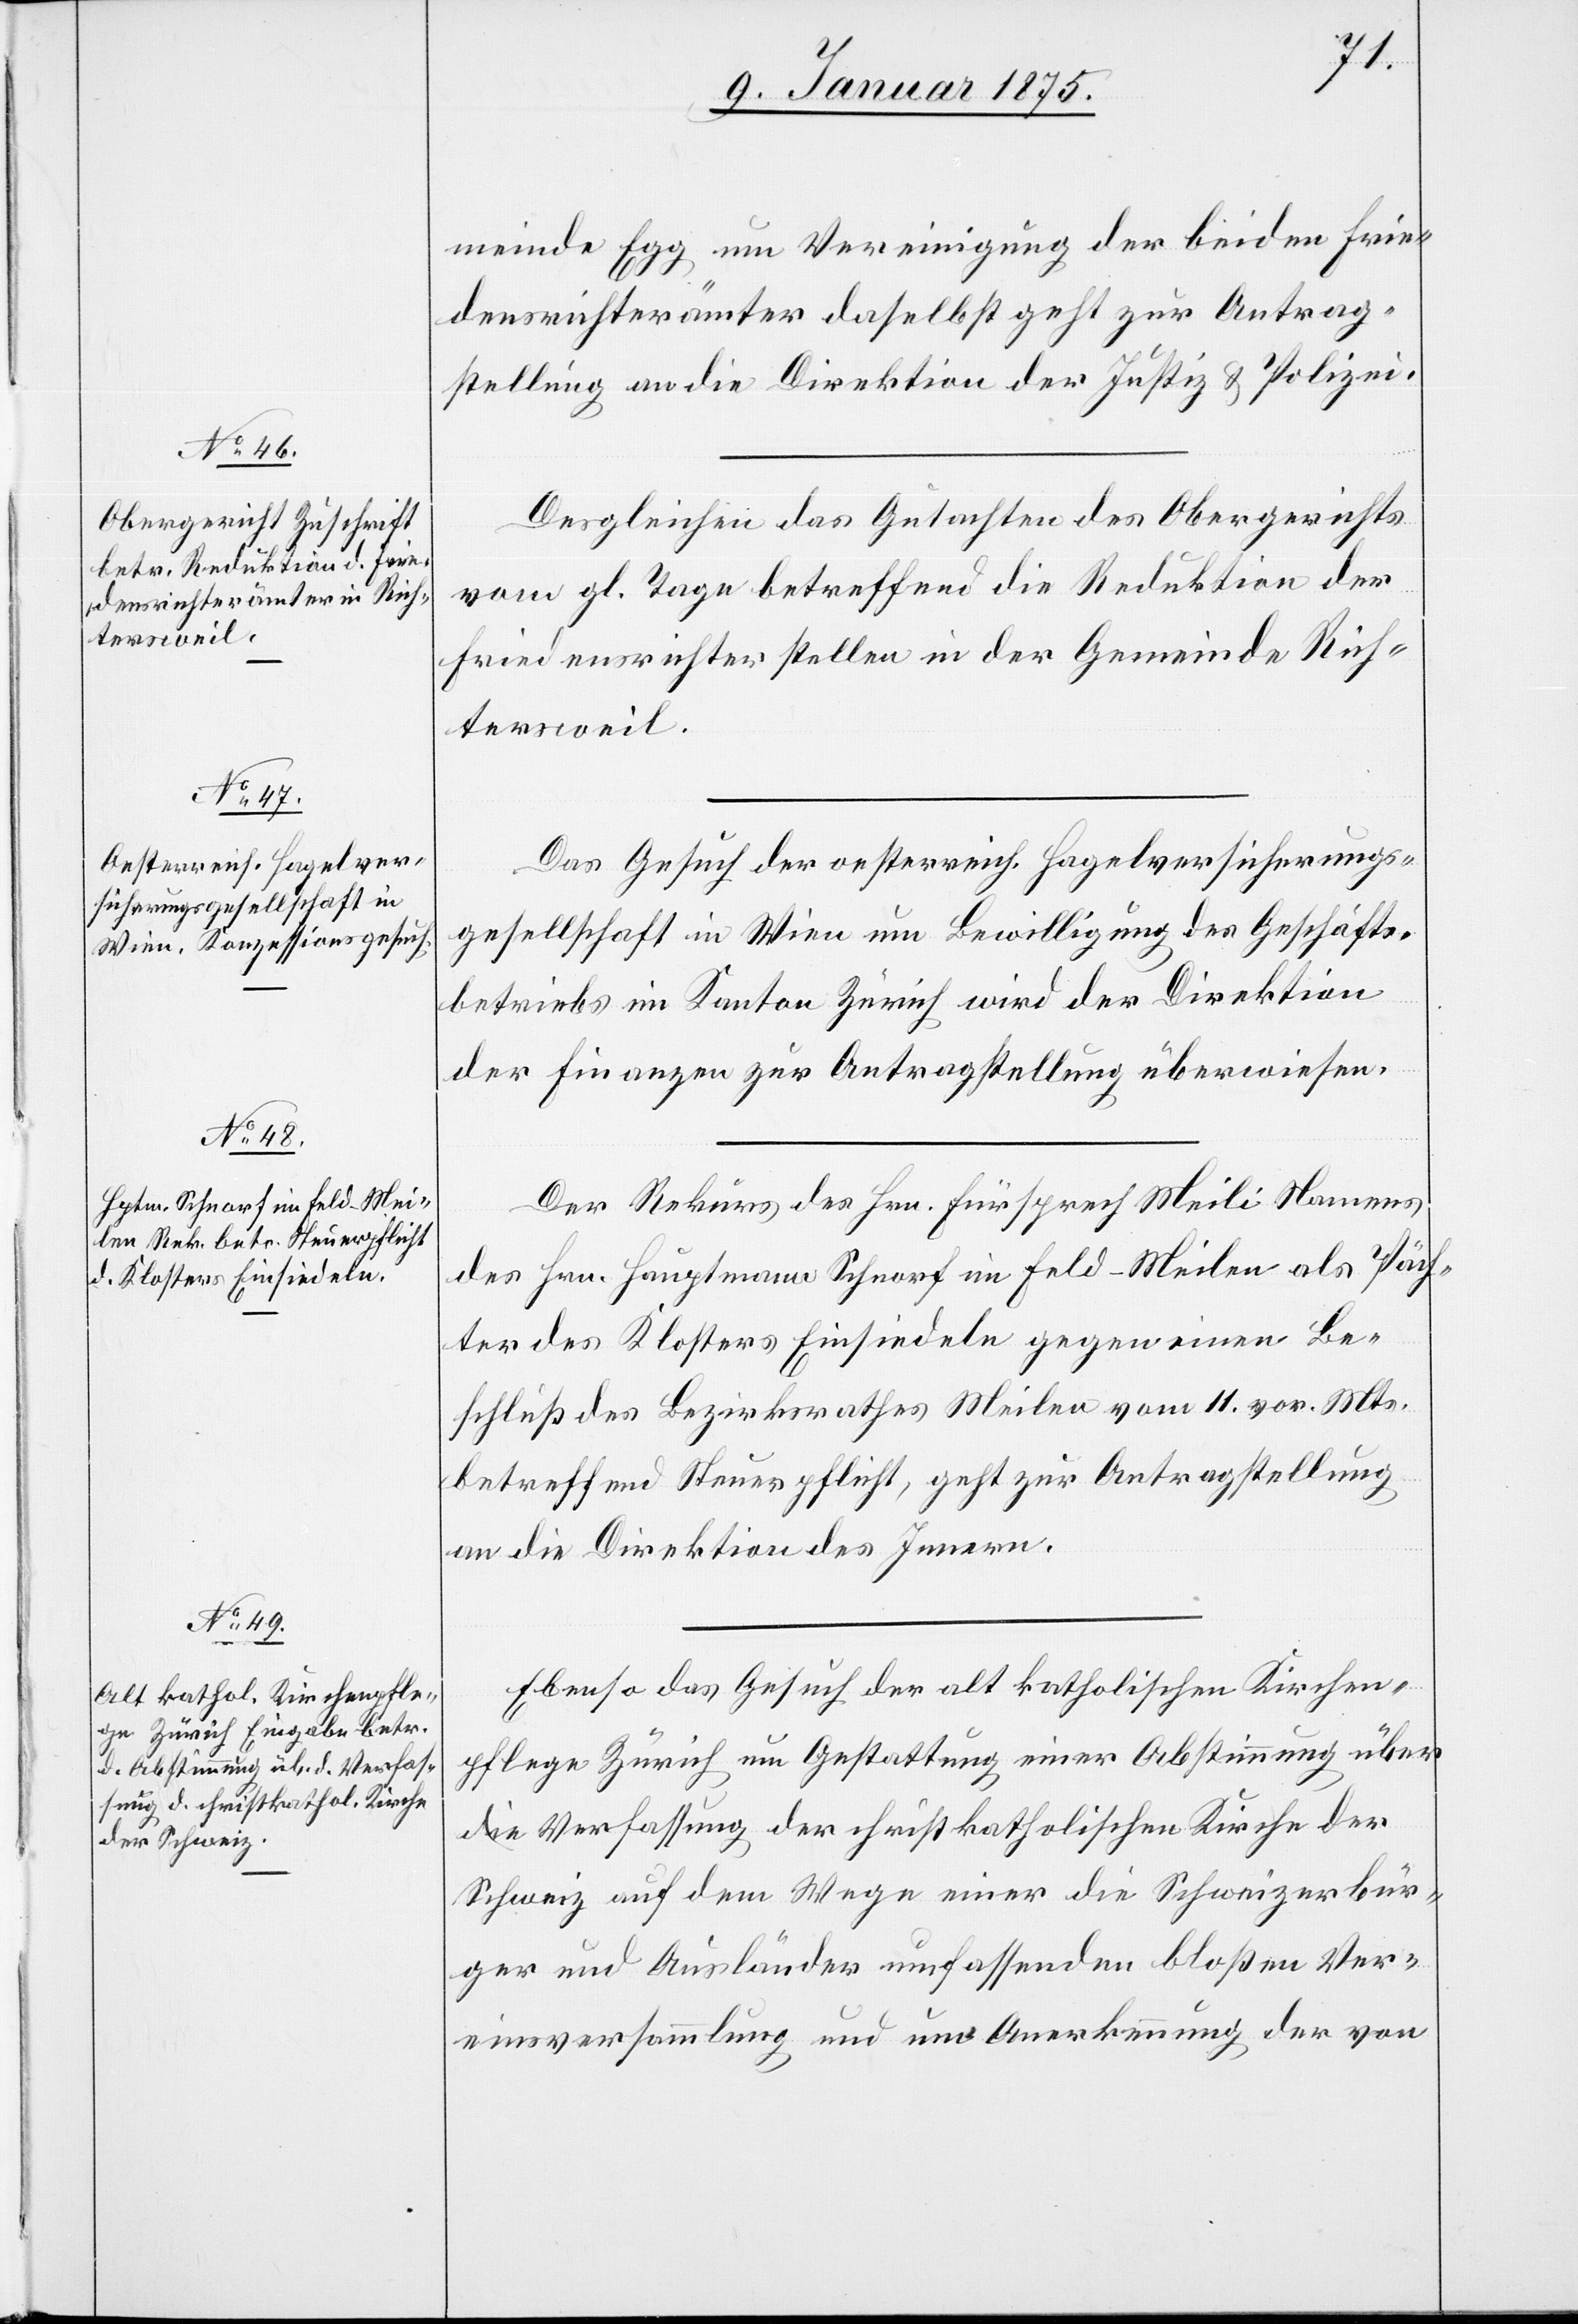
tersweil.

9. Januar 1875.]
meinde Elgg um Vereinigung der beiden Frie¬
densrichterämter daselbst geht zur Antrag¬
stellung an die Direktion der Justiz & Polizei.
Desgleichen das Gutachten des Obergerichts
vom gl. Tage betreffend die Reduktion der
Friedensrichterstellen in der Gemeinde Rich¬
Das Gesuch der oesterreich. Hagelversicherungs¬
gesellschaft in Wien um Bewilligung des Geschäfts¬
betriebs im Kanton Zürich wird der Direktion
der Finanzen zur Antragstellung überwiesen.
Der Rekurs des Hrn. Fürsprech Meili Namens
des Hrn. Hauptmann Schnorf in Feld-Meilen als Päch¬
ter des Klosters Einsiedeln gegen einen Be¬
schluß des Bezirksrathes Meilen vom 11. vor. Mts.
betreffend Steuerpflicht, geht zur Antragstellung
an die Direktion des Innern.
Ebenso das Gesuch der altkatholischen Kirchen¬
pflege Zürich um Gestattung einer Abstimmung über
die Verfassung der christkatholischen Kirche der
Schweiz auf dem Wege einer die Schweizerbür¬
ger und Ausländer umfassenden bloßen Ver¬
einsversammlung und um Anerkennung der von